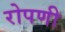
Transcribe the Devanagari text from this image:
रोपणी